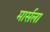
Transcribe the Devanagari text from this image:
मार्सला